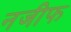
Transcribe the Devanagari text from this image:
नजीफ